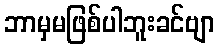
ဘာမှမဖြစ်ပါဘူးခင်ဗျာ